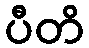
ပီတိ